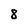
Character: 8